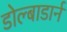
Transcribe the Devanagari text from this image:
डोल्बाडार्न